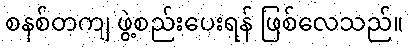
စနစ်တကျ ဖွဲ့စည်းပေးရန် ဖြစ်လေသည်။